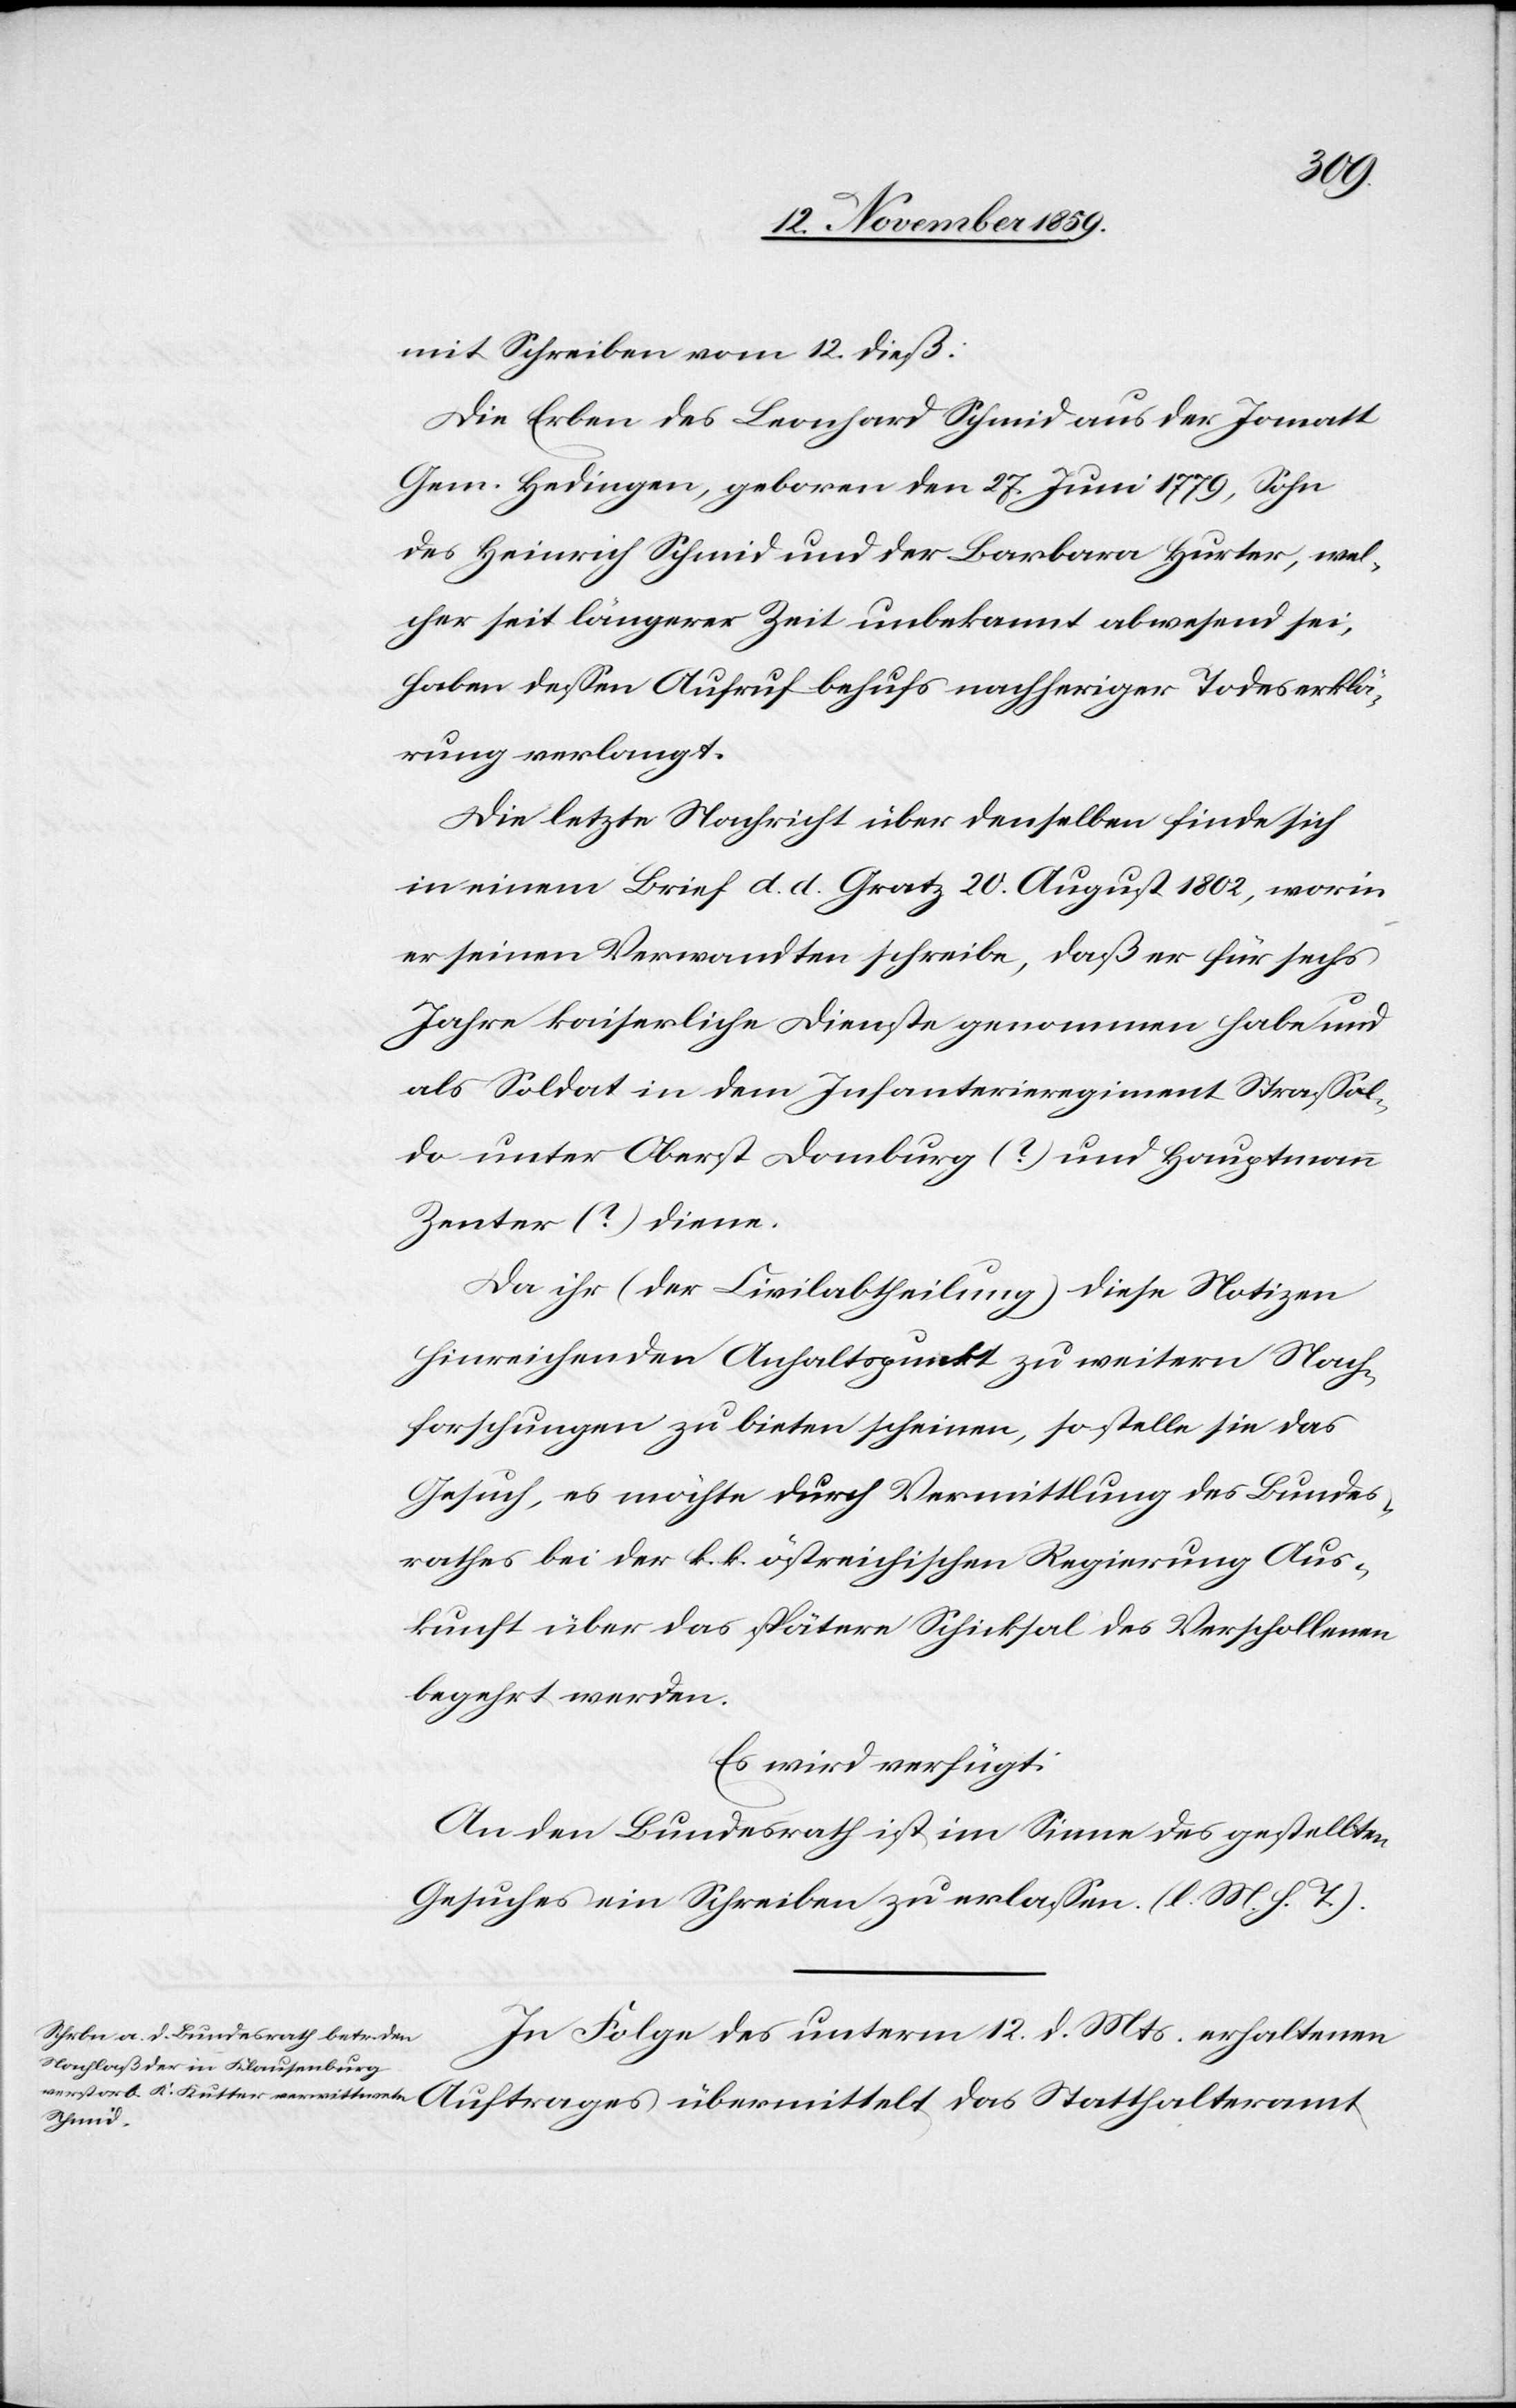
den
17. November 1859.]
mit Schreiben vom 12. dieß:
Die Erben des Leonhard Schmid aus der Lomatt
Gem. Hedingen, geboren den 27. Juni 1779, Sohn
des Heinrich Schmid und der Barbara Hurter, wel¬
cher seit längerer Zeit unbekannt abwesend sei,
haben dessen Aufruf behufs nachheriger Todeserklä¬
rung verlangt.
Die letzte Nachricht über denselben finde sich
in einem Brief d. d. Gratz 20. August 1802, worin
er seinen Verwandten schreibe, daß er für sechs
Jahre kaiserliche Dienste genommen habe und
als Soldat in dem Infanterieregiment Strassol¬
do unter Oberst Domburg (?) und Hauptmann
Zenter (?) diene.
Da ihr (der Civilabtheilung) diese Notizen
hinreichenden Anhaltspunkt zu weitern Nach¬
forschungen zu bieten scheinen, so stelle sie das
Gesuch, es möchte durch Vermittlung des Bundes¬
rathes bei der k. k. östreichischen Regierung Aus¬
kunft über das spätere Schicksal des Verschollenen
begehrt werden.
Es wird verfügt:
An den Bundesrath ist im Sinne des gestellten
Gesuches ein Schreiben zu erlassen. (l. M. h. T.).
In Folge des unterm 12. d. Mts. erhaltenen